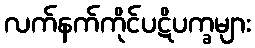
လက်နက်ကိုင်ပဋိပက္ခများ